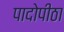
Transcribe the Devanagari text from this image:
पादोपीठा